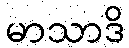
မာသာဒိ